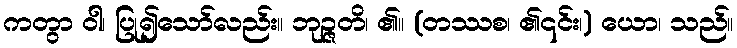
ကတွာ ဝါ၊ ပြု၍သော်လည်း။ ဘုဉ္ဇတိ၊ ၏။ (တဿစ၊ ၏၎င်း၊) ယော၊ သည်။